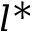
l ^ { * }